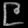
Digit: ၉